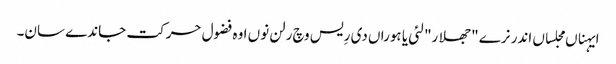
ایہناں مجلساں اندر نرے "جھلار" لئی یا ہوراں دی رِیس وچ رلن نوں اوہ فضول حرکت جاندے سان۔